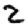
Digit: 2